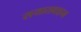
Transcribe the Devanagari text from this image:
सयातवाहन